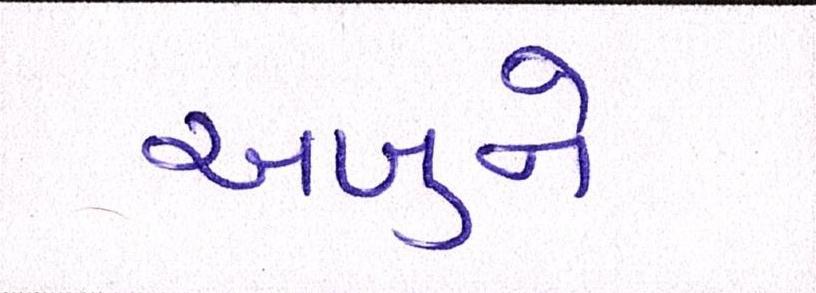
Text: અબુને